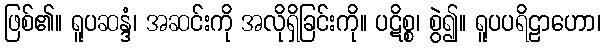
ဖြစ်၏။ ရူပဆန္ဒံ၊ အဆင်းကို အလိုရှိခြင်းကို။ ပဋိစ္စ၊ စွဲ၍။ ရူပပရိဠာဟော၊